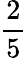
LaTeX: \frac{2}{5}